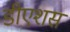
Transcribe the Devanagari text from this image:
डीएशस